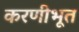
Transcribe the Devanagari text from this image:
करणीभूत